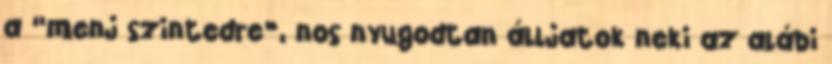
a “menj szintedre”, nos nyugodtan álljatok neki az alábi